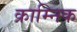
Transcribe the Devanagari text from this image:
क्राम्निक